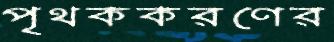
পৃথককরণের